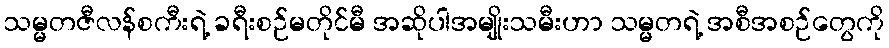
သမ္မတဇီလန်စကီးရဲ့ ခရီးစဉ်မတိုင်မီ အဆိုပါအမျိုးသမီးဟာ သမ္မတရဲ့ အစီအစဉ်တွေကို